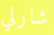
شارلي